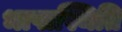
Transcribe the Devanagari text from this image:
भाषास्थिति